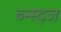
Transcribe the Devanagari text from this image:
ब्न्स्द्ज